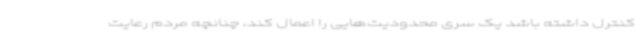
کنترل داشته باشد یک سری محدودیت‌هایی را اعمال کند، چنانچه مردم رعایت